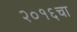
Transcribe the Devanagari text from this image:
२०१६चा